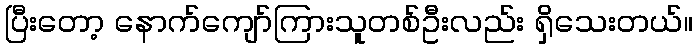
ပြီးတော့ နောက်ကျော်ကြားသူတစ်ဦးလည်း ရှိသေးတယ်။